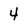
Character: 4